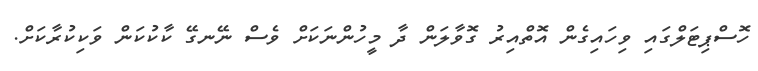
ހޮސްޕިޓަލްގައި ވިހައިގެން އޮތްއިރު ގޮވާލަން ދާ މީހުންނަކަށް ވެސް ނޭނގޭ ކާކުކަން ވަކިކުރާކަށް.